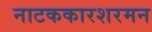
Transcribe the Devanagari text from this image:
नाटककारशरमन